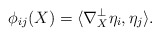
\begin{align*} \phi_{ij}(X)=\langle\nabla^\perp_X \eta_i,\eta_j\rangle.\end{align*}